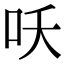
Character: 㕭